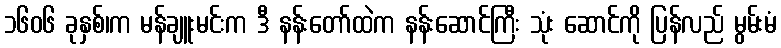
၁၆၀၆ ခုနှစ်၊က မန်ချူးမင်းက ဒီ နန်းတော်ထဲက နန်းဆောင်ကြီး သုံး ဆောင်ကို ပြန်လည် မွမ်းမံ